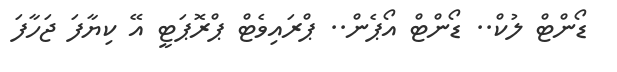
ޑޯންޓް ލުކް.. ޑޯންޓް އޯޕެން.. ޕްރައިވެޓް ޕްރޮޕަޓީ އޭ ކިޔާފަ ޖަހާފަ